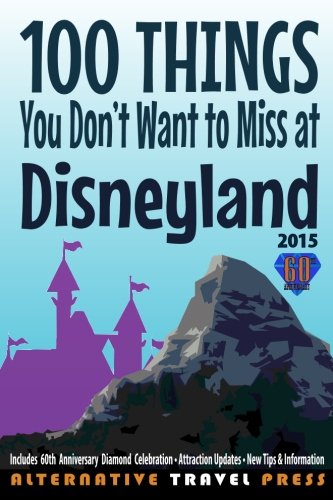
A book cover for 100 Things You Don't Want to Miss at Disneyland 2015 (Ultimate Unauthorized Quick Guide); John Glass; Travel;